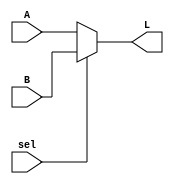
/*
** mux_2_1.v
**
**
*/


module mux_2_1( input wire sel, A, B, output wire L );
		// Selecionar o input
		assign L = sel ? B : A;
endmodule